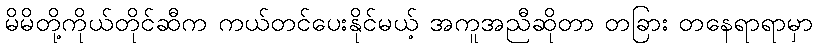
မိမိတို့ကိုယ်တိုင်ဆီက ကယ်တင်ပေးနိုင်မယ့် အကူအညီဆိုတာ တခြား တနေရာရာမှာ